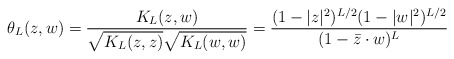
\begin{align*}\theta_L(z,w)=\frac{K_L(z,w)}{\sqrt{K_L(z,z)} \sqrt{K_L(w,w)}}=\frac{(1-|z|^2)^{L/2}(1-|w|^2)^{L/2}}{(1-\bar z\cdot w)^L}\end{align*}